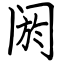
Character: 阏